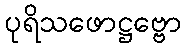
ပုရိသဖောဋ္ဌဗ္ဗော